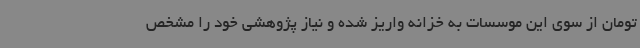
تومان از سوی این موسسات به خزانه واریز شده و نیاز پژوهشی خود را مشخص